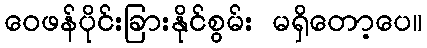
ဝေဖန်ပိုင်းခြားနိုင်စွမ်း မရှိတော့ပေ။